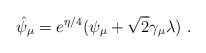
\begin{align*}\hat\psi_\mu=e^{\eta/4}(\psi_\mu+\sqrt{2}\gamma_\mu\lambda)\ .\end{align*}